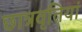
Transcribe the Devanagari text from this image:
छात्रवृतियां